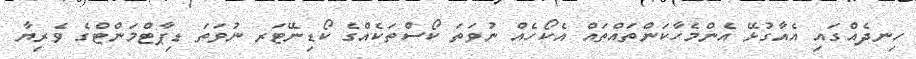
ހިނދެއްގައި އެއާގުޅޭ އެންމެހާކަންތައްތައް އެކޯހެއް ނުވަތަ ކޯސްތަކެއްގެ ކޯޑިނޭޓަރ ނުވަތަ ޑިޕާޓްމަންޓްގެ ވެރިޔާ